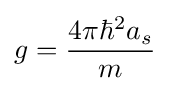
g={\frac {4\pi \hbar ^{2}a_{s}}{m}}